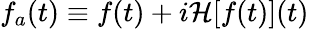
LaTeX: f_{a}(t)\equiv f(t)+i\mathcal{H}[f(t)](t)